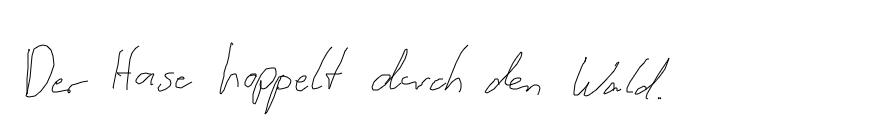
Der Hase hoppelt durch den Wald.